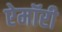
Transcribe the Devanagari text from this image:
ऐमॉरी